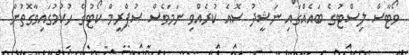
ވޯޓާސް ލިސްޓުގެ ބައެއްގައި ނަޝީދު ސޮއެ ކުރެއްވި ނަމަވެސް ސުޕްރީމް ކޯޓުގެ ހުކުމުގައިވާގޮތުން